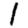
Digit: 1